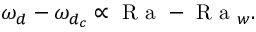
\omega _ { d } - \omega _ { d _ { c } } \propto \textrm { R a } - \textrm { R a } _ { w } .